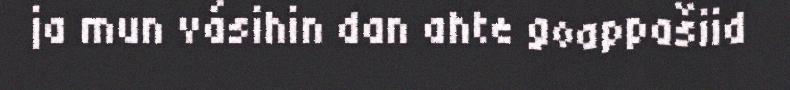
ja mun vásihin dan ahte goappašiid